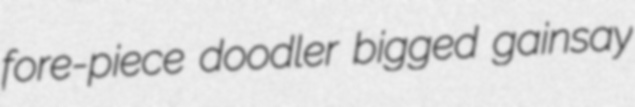
fore-piece doodler bigged gainsay